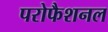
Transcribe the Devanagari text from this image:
परोफैशनल